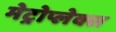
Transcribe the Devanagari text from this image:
मेट्रोप्लेक्स